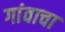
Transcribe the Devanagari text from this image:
गांवाचा